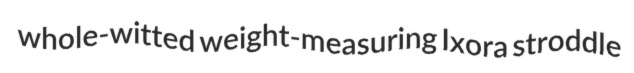
whole-witted weight-measuring Ixora stroddle